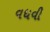
વધવી